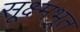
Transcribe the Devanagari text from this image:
सूक्ष्मभूत